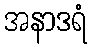
အနာဒရံ